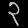
Digit: ၃